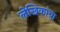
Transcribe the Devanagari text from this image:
लेखिकांचा